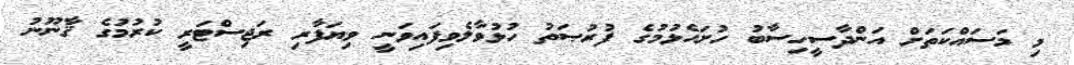
މި މަސައްކަތަށް އަންދާސީހިސާބު ހުށަހެޅުމުގެ ފުރުޞަތު ހުޅުވާލެވިފައިވަނީ ވިޔަފާރި ރަޖިސްޓަރީ ކުރުމުގެ ޤާނޫނު